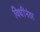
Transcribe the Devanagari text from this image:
विधींनंतर